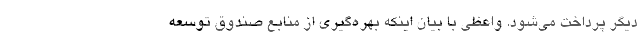
دیگر پرداخت می‌شود. واعظی با بیان اینکه بهره‌گیری از منابع صندوق توسعه